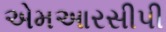
એમઆરસીપી